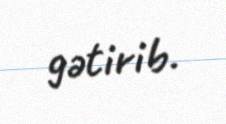
gətirib.